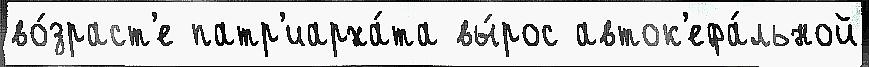
во́зраст'е патр'иарха́та вы́рос авток'ефа́льной